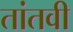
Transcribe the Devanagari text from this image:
तांतवी